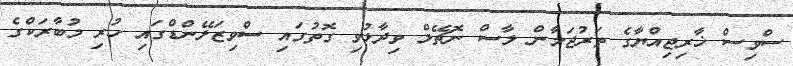
ސްވިސް ޚާރިޖިއްޔާގެ ތަރުޖަމާން ލާސް ނޮޗޭލް ވިދާޅުވި ގޮތުގައި ސްވިޒަލޭންޑްގައި ހުރި މުބާރަކްގެ